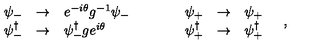
\begin{array} { r c l c r c l } { \psi _ { - } } & { \rightarrow } & { e ^ { - i \theta } g ^ { - 1 } \psi _ { - } } & { \quad \quad } & { \psi _ { + } } & { \rightarrow } & { \psi _ { + } \nonumber } \\ { \psi _ { - } ^ { \dagger } } & { \rightarrow } & { \psi _ { - } ^ { \dagger } g e ^ { i \theta } } & { \quad \quad } & { \psi _ { + } ^ { \dagger } } & { \rightarrow } & { \psi _ { + } ^ { \dagger } } \\ \end{array} \quad ,